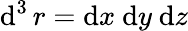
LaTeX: \operatorname{d}^{3}r=\mathrm{d}x\ \mathrm{d}y\ \mathrm{d}z